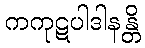
ကကုဋပါဒါနန္တိ